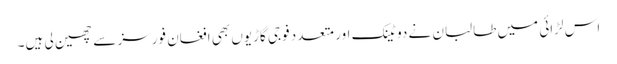
اس لڑائی میں طالبان نے دو ٹینک اور متعدد فوجی گاڑیوں بھی افغان فورسز سے چھین لی ہیں۔